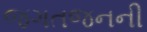
જગતજનની